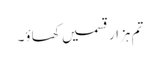
تم ہزار قسمیں کھاؤ۔